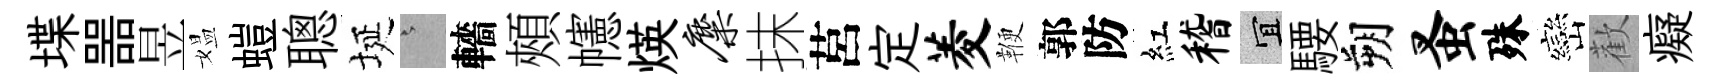
堞噐昱媪螘聰埏澹轖頰幰煐麋抹莒定菱鞭郭防紅稽宜騕朔蚤殊巒歡癡